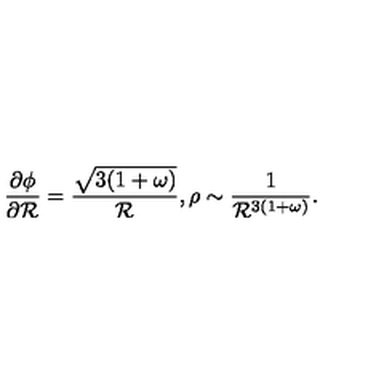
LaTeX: \frac { \partial \phi } { \partial { \cal R } } = \frac { \sqrt { 3 ( 1 + \omega ) } } { { \cal R } } , \rho \sim \frac { 1 } { { \cal R } ^ { 3 ( 1 + \omega ) } } .